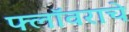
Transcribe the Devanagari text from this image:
फ्लॉवराचे